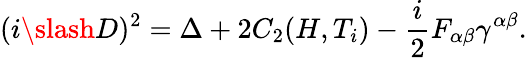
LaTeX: (i\slash D)^{2}=\Delta+2C_{2}(H,T_{i})-{\frac{i}{2}}F_{\alpha\beta}\gamma^{\alpha\beta}.